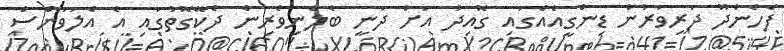
ފެހެންދޫ ދަރިވަރުން ޑިންގީއެއްގައި ގޮއިދު އަށް ދަނީ ބެލެނިވެރިން ދެކޭގޮތުގައި އެ އެލަވަންސް